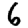
Digit: 6